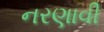
નરણાવી